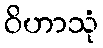
ဝိဟာသုံ